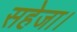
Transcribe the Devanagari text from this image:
सहेजा।